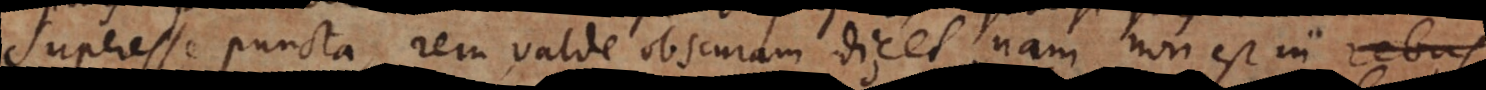
superesse puncta, rem valde obscuram dicet, nam non est in reb